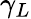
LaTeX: \gamma_{L}